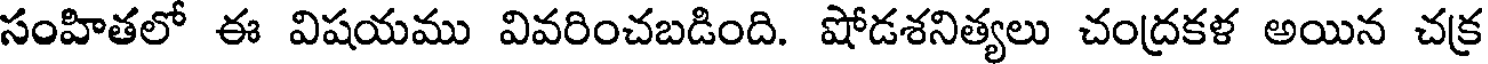
సంహితలో ఈ విషయము వివరించబడింది. షోడశనిత్యలు చంద్రకళ అయిన చక్ర